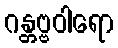
ဂန္တဗ္ဗဝါရော